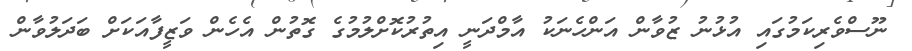
ނޫސްވެރިކަމުގައި އުޅުނު ޒުވާން އަންހެނަކު އާމްދަނީ އިތުރުކޮށްލުމުގެ ގޮތުން އެހެން ވަޒީފާއަކަށް ބަދަލުވާން